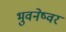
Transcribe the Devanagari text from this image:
भुवनेष्वर